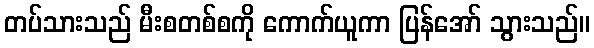
တပ်သားသည် မီးစတစ်စကို ကောက်ယူကာ ပြန်အော် သွားသည်။